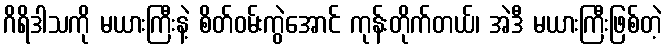
ဂိရိဒါသကို မယားကြီးနဲ့ စိတ်ဝမ်းကွဲအောင် ကုန်းတိုက်တယ်၊ အဲဒီ မယားကြီးဖြစ်တဲ့